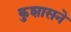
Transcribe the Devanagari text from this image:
कुशासने